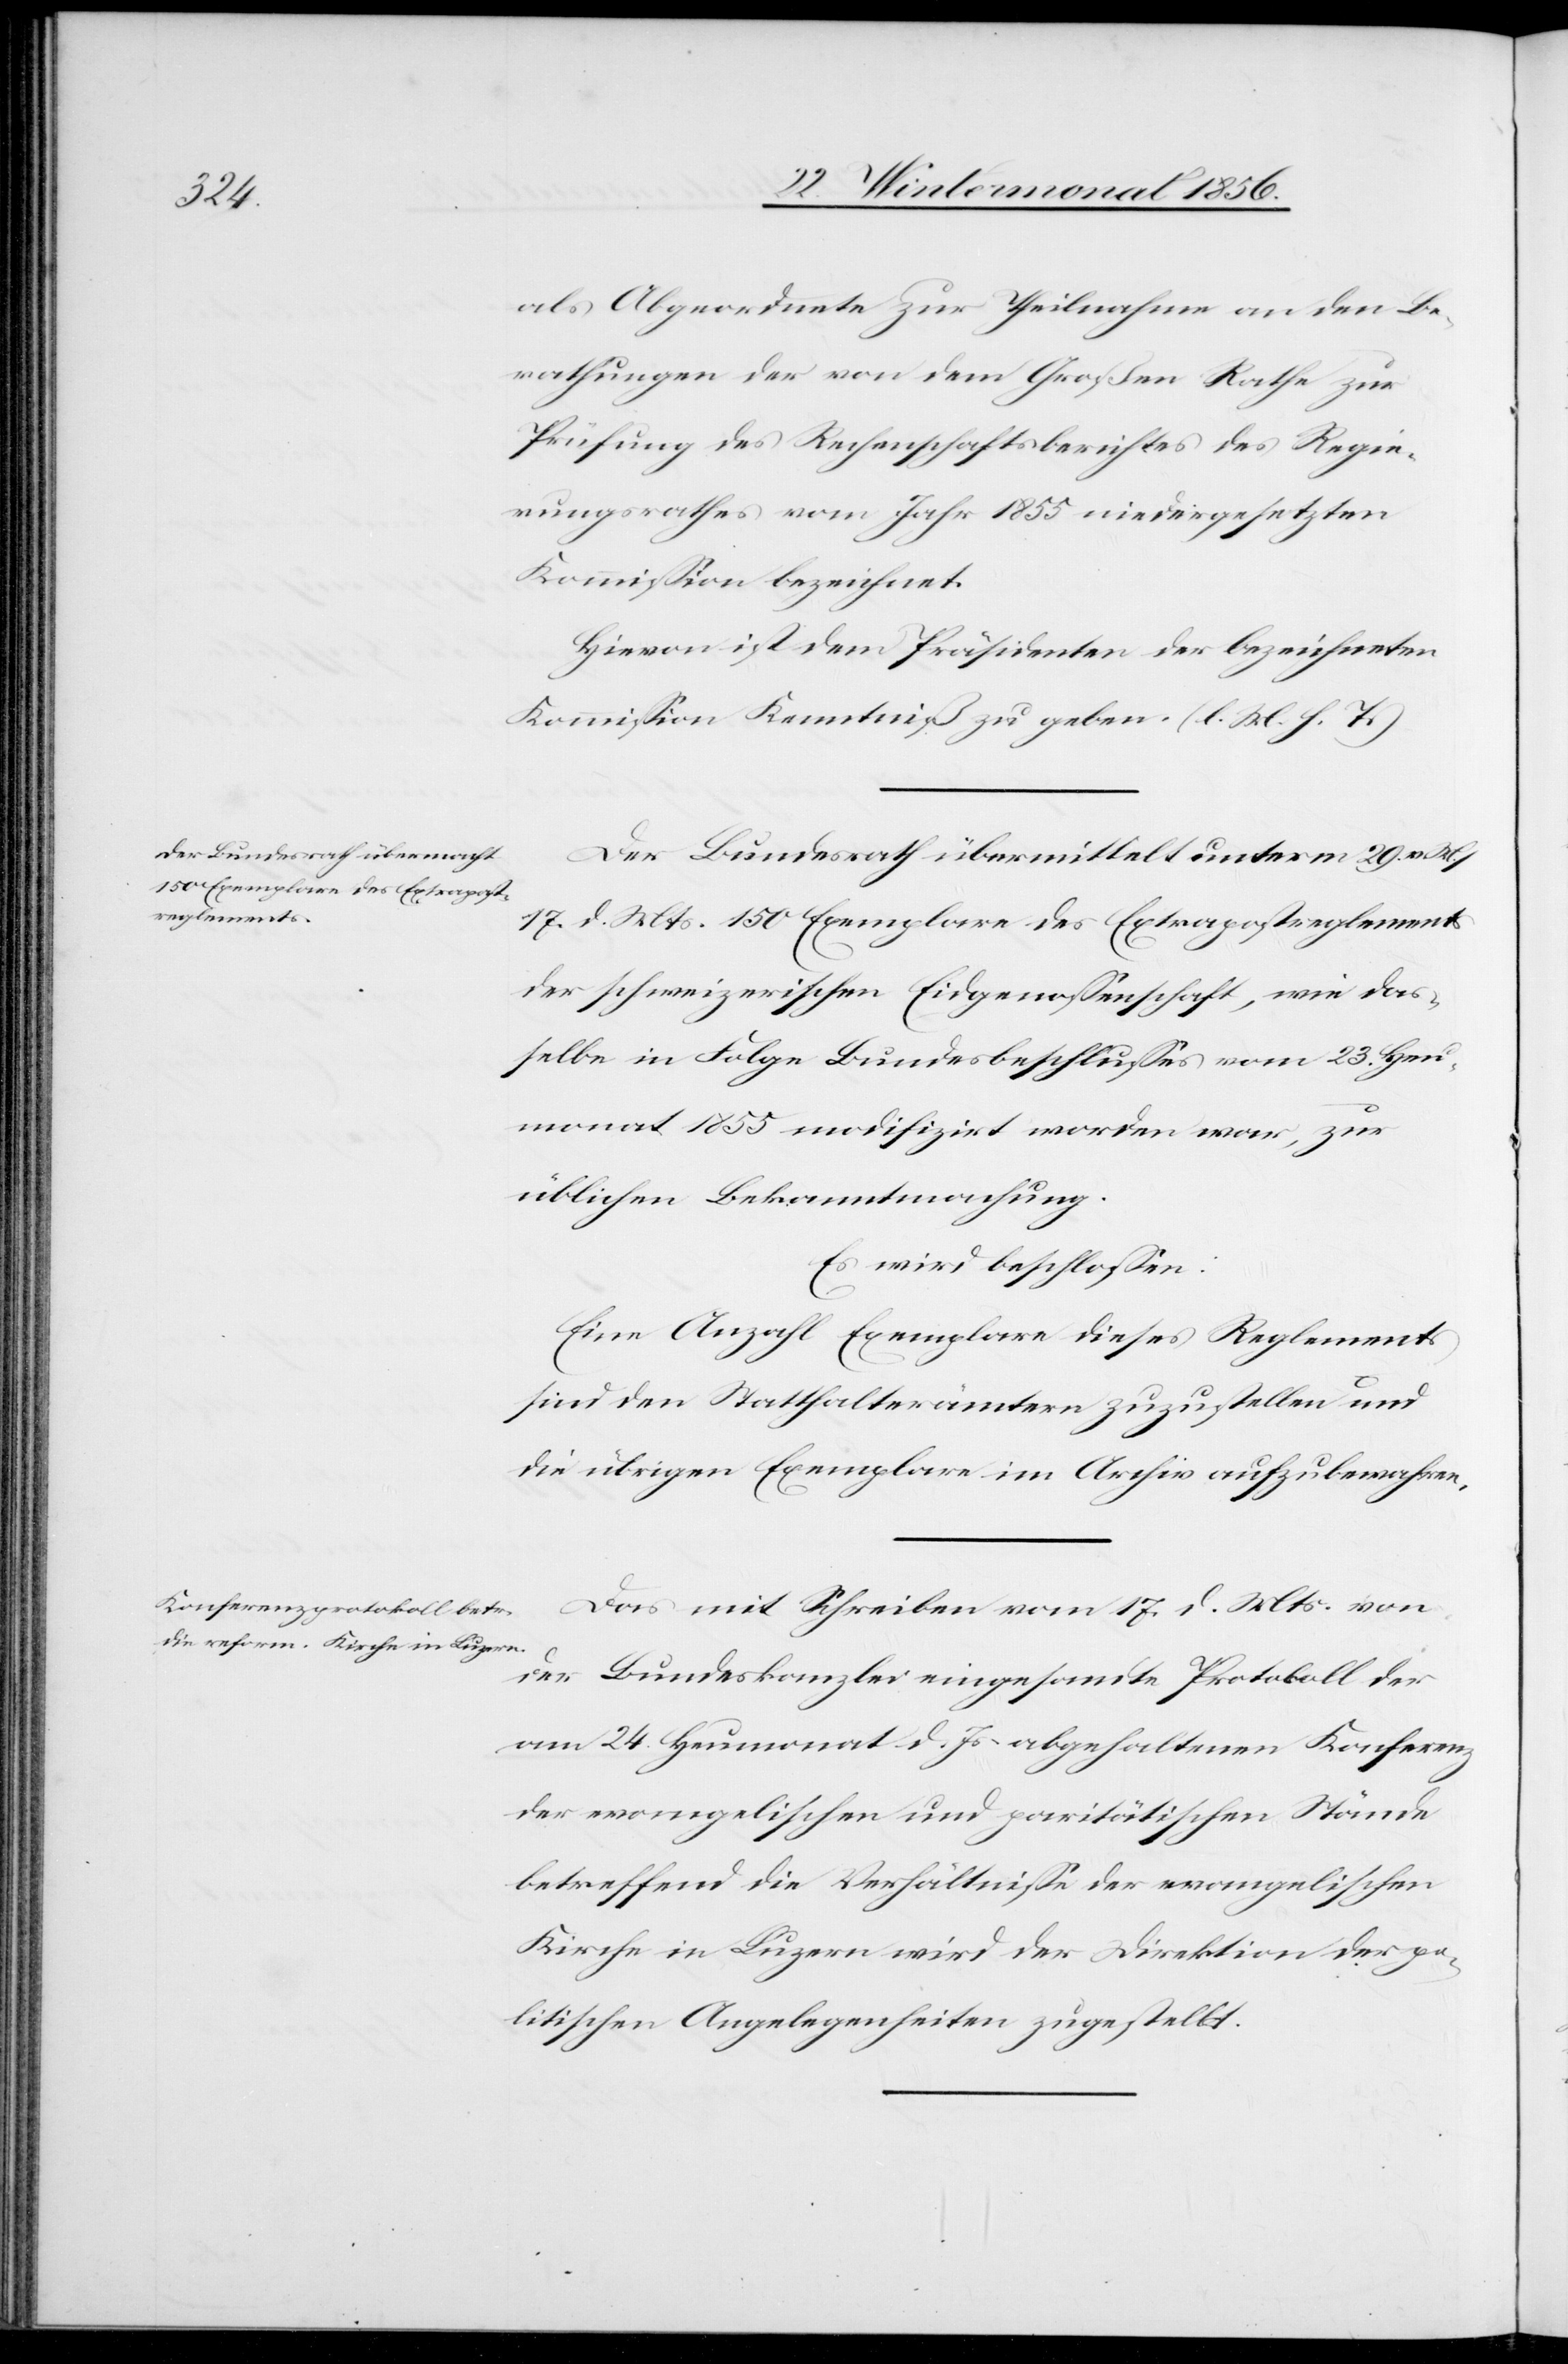
als Abgeordnete zur Theilnahme an den Be¬
rathungen der von dem Großen Rathe zur
Prüfung des Rechenschaftsberichtes des Regie¬
rungsrathes vom Jahr 1855 niedergesetzten
Kommission bezeichnet.
Hievon ist dem Präsidenten der bezeichneten
Kommission Kenntniß zu geben. (l. M. h. T.)
Der Bundesrath übermittelt unterm 29. v.
M./17. d. Mts. 150 Exemplare des Extrapostreglements
der schweizerischen Eidgenossenschaft, wie das¬
selbe in Folge Bundesbeschlusses vom 23. Heu¬
monat 1855 modifizirt worden war, zur
üblichen Bekanntmachung.
Es wird beschlossen:
Eine Anzahl Exemplare dieses Reglements
sind den Statthalterämtern zuzustellen und
die übrigen Exemplare im Archiv aufzubewahren.
Das mit Schreiben vom 17. d. Mts. von
der Bundeskanzlei eingesandte Protokoll der
am 24. Heumonat d. Js. abgehaltenen Konferenz
der evangelischen und paritätischen Stände
betreffend die Verhältnisse der evangelischen
Kirche in Luzern wird der Direktion der po¬
litischen Angelegenheiten zugestellt.